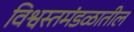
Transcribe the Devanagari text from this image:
विश्वस्तमंडळातील